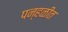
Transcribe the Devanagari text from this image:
पन्हळीत